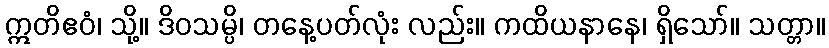
ဣတိဧဝံ၊ သို့။ ဒိဝသမ္ပိ၊ တနေ့ပတ်လုံး လည်း။ ကထိယနာနေ၊ ရှိသော်။ သတ္တာ။